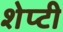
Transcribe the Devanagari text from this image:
शेप्टी